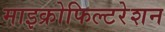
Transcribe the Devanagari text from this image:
माइक्रोफिल्टरेशन